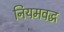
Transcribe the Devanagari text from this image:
नियमवद्ध